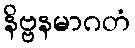
နိဗ္ဗနမာဂတံ